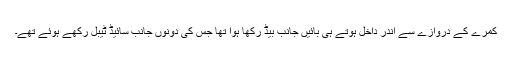
کمرے کے دروازے سے اندر داخل ہوتے ہی بائیں جانب بیڈ رکھا ہوا تھا جس کی دونوں جانب سائیڈ ٹیبل رکھے ہوئے تھے۔